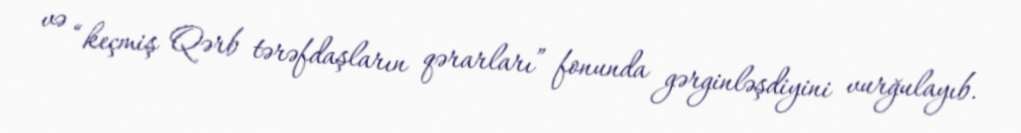
və “keçmiş Qərb tərəfdaşların qərarları” fonunda gərginləşdiyini vurğulayıb.